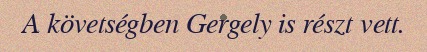
A követségben Gergely is részt vett.